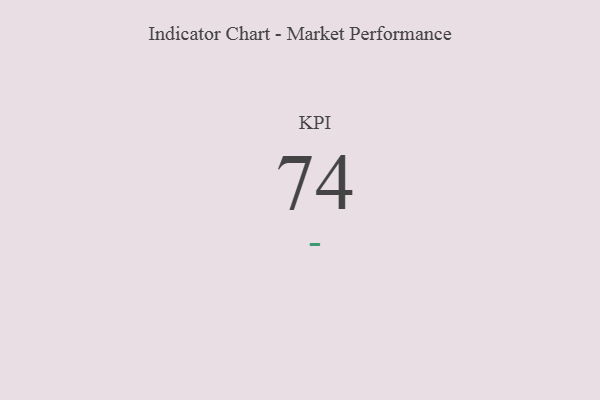
{"axis": {"x": "KPI", "y": "Value"}, "legend": [""], "data": [{"x": "KPI", "y": 74, "type": ""}]}